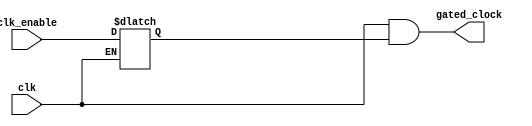
module clock_gating_cell (
    input clk,
    input clk_enable,

    output gated_clock
);
    reg Q;

    // Active low latch
    always @(clk or clk_enable) begin
        if (~clk) begin
            Q <= clk_enable;
        end
    end

    assign gated_clock = clk & Q;

endmodule